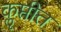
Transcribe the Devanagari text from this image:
कॢप्तीत